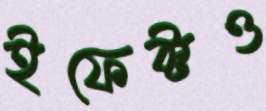
ইফেক্টও